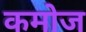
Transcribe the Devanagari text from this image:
कमोज